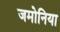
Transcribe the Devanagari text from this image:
जमोनिया